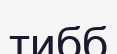
тибб